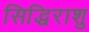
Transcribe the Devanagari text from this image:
सिद्धिराशु